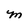
Character: M